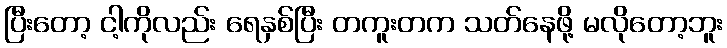
ပြီးတော့ ငါ့ကိုလည်း ရေနှစ်ပြီး တကူးတက သတ်နေဖို့ မလိုတော့ဘူး